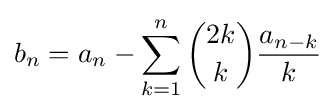
b_{n}=a_{n}-\sum _{k=1}^{n}{\binom {2k}{k}}{\frac {a_{n-k}}{k}}